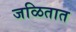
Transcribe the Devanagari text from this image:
जळितात